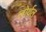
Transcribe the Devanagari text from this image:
लोर्थल